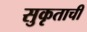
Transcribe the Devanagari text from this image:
सुकृताची